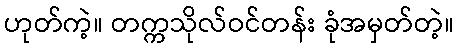
ဟုတ်ကဲ့။ တက္ကသိုလ်ဝင်တန်း ခုံအမှတ်တဲ့။